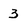
Character: 3